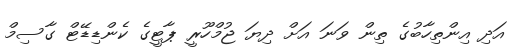
އަދި އިންތިހާބުގެ ތިން ވަނަ އަށް ދިޔަ ޖުމްހޫރީ ޕާޓީގެ ކެންޑިޑޭޓް ގާސިމް